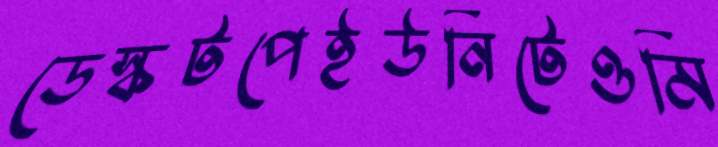
ডেস্কটপেইউনিটেওমি